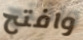
وافتح